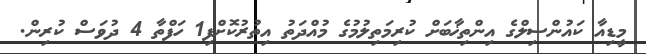
މީޑިއާ ކައުންސިލްގެ އިންތިޚާބަށް ކުރިމަތިލުމުގެ މުއްދަތު އިތުރުކޮށްފި1 ހަފްތާ 4 ދުވަސް ކުރިން.